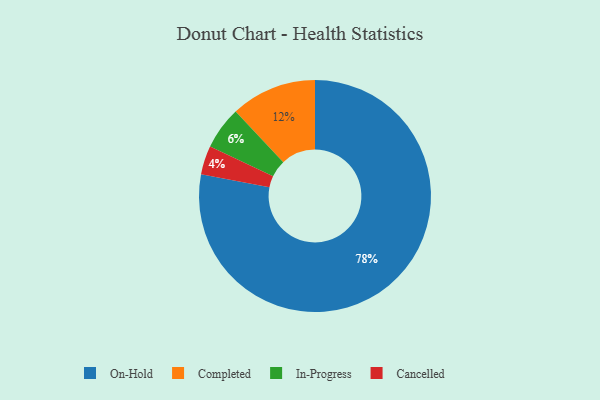
{"axis": {"x": "Category", "y": "Percentage"}, "legend": ["Cancelled", "Completed", "In-Progress", "On-Hold"], "data": [{"x": "On-Hold", "y": 78, "type": "On-Hold"}, {"x": "In-Progress", "y": 6, "type": "In-Progress"}, {"x": "Completed", "y": 12, "type": "Completed"}, {"x": "Cancelled", "y": 4, "type": "Cancelled"}]}